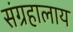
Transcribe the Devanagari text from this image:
संग्रहालाय